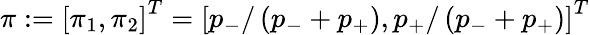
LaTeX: \pi:=\left[\pi_{1},\pi_{2}\right]^{T}=\left[p_{-}/\left(p_{-}+p_{+}\right),p_{+}/\left(p_{-}+p_{+}\right)\right]^{T}